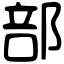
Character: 部